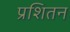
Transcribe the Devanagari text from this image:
प्रशितन